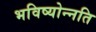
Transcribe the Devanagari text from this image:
भविष्योन्नति